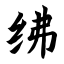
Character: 绋